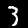
Label: 3